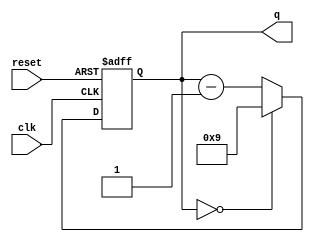
module syndwcount_BCD(
    q, // counter output
    clk, // global clock
    reset // active low reset
);

output reg[3:0] q; // counter output
input clk; // global clock
input reset; // active low reset
reg [3:0] tmp_cnt; // input to dff (in always block)

//assign q = 4'd9;
always @* begin
    if (q == 0) begin
        tmp_cnt = 4'd9;
    end
    else
        tmp_cnt = q - 1'b1;
end
always @(posedge clk or negedge reset)
    if (~reset)
        q <= 4'd9;
    else 
        q <= tmp_cnt;
endmodule